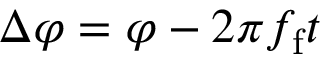
\Delta \varphi = \varphi - 2 \pi f _ { \mathrm { f } } t